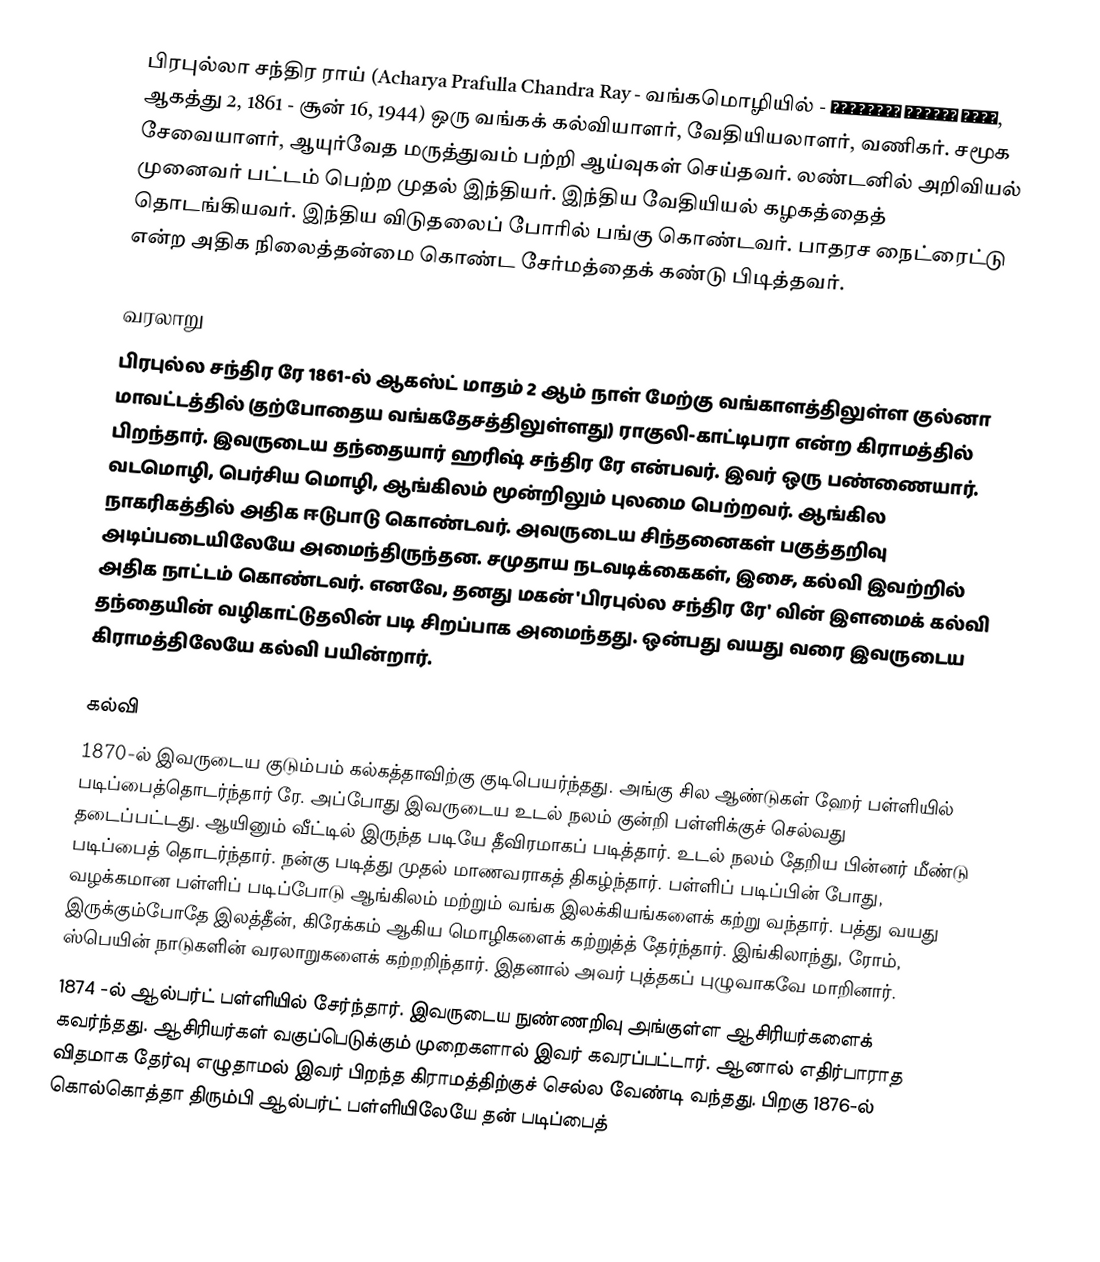
பிரபுல்லா சந்திர ராய் (Acharya Prafulla Chandra Ray - வங்கமொழியில் - প্রফুল্ল চন্দ্র রায়, ஆகத்து 2, 1861 - சூன் 16, 1944)  ஒரு வங்கக் கல்வியாளர், வேதியியலாளர், வணிகர். சமூக சேவையாளர், ஆயுர்வேத மருத்துவம் பற்றி ஆய்வுகள் செய்தவர். லண்டனில் அறிவியல் முனைவர் பட்டம் பெற்ற முதல் இந்தியர். இந்திய வேதியியல் கழகத்தைத் தொடங்கியவர். இந்திய விடுதலைப் போரில் பங்கு கொண்டவர். பாதரச நைட்ரைட்டு என்ற அதிக நிலைத்தன்மை கொண்ட சேர்மத்தைக் கண்டு பிடித்தவர்.

வரலாறு
பிரபுல்ல சந்திர ரே 1861-ல் ஆகஸ்ட் மாதம் 2 ஆம் நாள் மேற்கு வங்காளத்திலுள்ள குல்னா மாவட்டத்தில் (தற்போதைய வங்கதேசத்திலுள்ளது) ராகுலி-காட்டிபரா என்ற கிராமத்தில் பிறந்தார். இவருடைய தந்தையார் ஹரிஷ் சந்திர ரே என்பவர். இவர் ஒரு பண்ணையார். வடமொழி, பெர்சிய மொழி, ஆங்கிலம் மூன்றிலும் புலமை பெற்றவர். ஆங்கில நாகரிகத்தில் அதிக ஈடுபாடு கொண்டவர். அவருடைய சிந்தனைகள் பகுத்தறிவு அடிப்படையிலேயே அமைந்திருந்தன. சமுதாய நடவடிக்கைகள், இசை, கல்வி இவற்றில் அதிக நாட்டம் கொண்டவர். எனவே, தனது மகன் 'பிரபுல்ல சந்திர ரே' வின் இளமைக் கல்வி தந்தையின் வழிகாட்டுதலின் படி சிறப்பாக அமைந்தது. ஒன்பது வயது வரை இவருடைய கிராமத்திலேயே கல்வி பயின்றார்.

கல்வி
1870-ல் இவருடைய குடும்பம் கல்கத்தாவிற்கு குடிபெயர்ந்தது. அங்கு சில ஆண்டுகள் ஹேர் பள்ளியில் படிப்பைத்தொடர்ந்தார் ரே. அப்போது இவருடைய உடல் நலம் குன்றி பள்ளிக்குச் செல்வது தடைப்பட்டது. ஆயினும் வீட்டில் இருந்த படியே தீவிரமாகப் படித்தார். உடல் நலம் தேறிய பின்னர் மீண்டு படிப்பைத் தொடர்ந்தார். நன்கு படித்து முதல் மாணவராகத் திகழ்ந்தார். பள்ளிப் படிப்பின் போது, வழக்கமான பள்ளிப் படிப்போடு  ஆங்கிலம் மற்றும் வங்க இலக்கியங்களைக் கற்று வந்தார். பத்து வயது இருக்கும்போதே இலத்தீன், கிரேக்கம் ஆகிய மொழிகளைக் கற்றுத்த் தேர்ந்தார். இங்கிலாந்து, ரோம், ஸ்பெயின் நாடுகளின் வரலாறுகளைக் கற்றறிந்தார். இதனால் அவர் புத்தகப் புழுவாகவே மாறினார்.
1874 -ல் ஆல்பர்ட் பள்ளியில் சேர்ந்தார். இவருடைய நுண்ணறிவு அங்குள்ள ஆசிரியர்களைக் கவர்ந்தது. ஆசிரியர்கள் வகுப்பெடுக்கும் முறைகளால் இவர் கவரப்பட்டார். ஆனால் எதிர்பாராத விதமாக தேர்வு எழுதாமல் இவர் பிறந்த கிராமத்திற்குச் செல்ல வேண்டி வந்தது. பிறகு 1876-ல் கொல்கொத்தா திரும்பி ஆல்பர்ட் பள்ளியிலேயே தன் படிப்பைத்